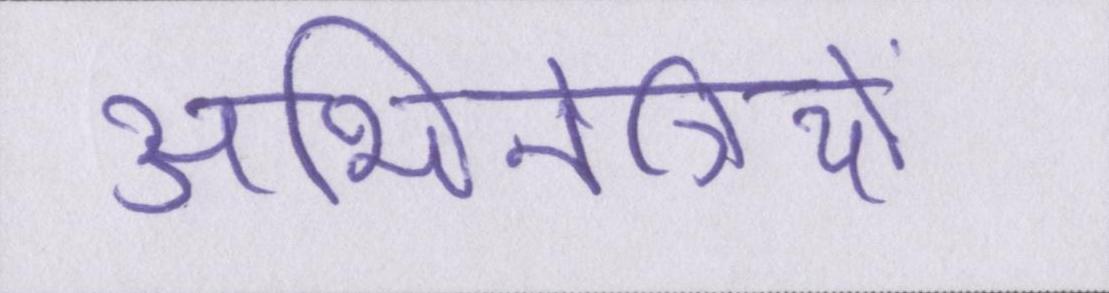
अभिनेत्रियों